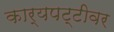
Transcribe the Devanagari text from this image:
कार्यपट्टीवर